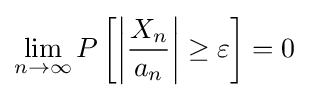
\lim _{n\to \infty }P\left[\left|{\frac {X_{n}}{a_{n}}}\right|\geq \varepsilon \right]=0